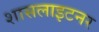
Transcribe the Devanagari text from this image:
शासलाइटनर